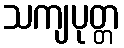
သကျပုတ္တ